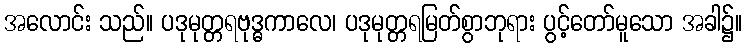
အလောင်း သည်။ ပဒုမုတ္တရဗုဒ္ဓကာလေ၊ ပဒုမုတ္တရမြတ်စွာဘုရား ပွင့်တော်မူသော အခါ၌။